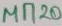
Text: MN20